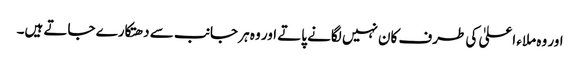
اور وہ ملاء اعلیٰ کی طرف کان نہیں لگانے پاتے اور وہ ہر جانب سے دھتکارے جاتے ہیں۔